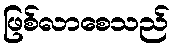
ဖြစ်လာစေသည်